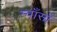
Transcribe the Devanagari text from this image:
म्वाँसाँ